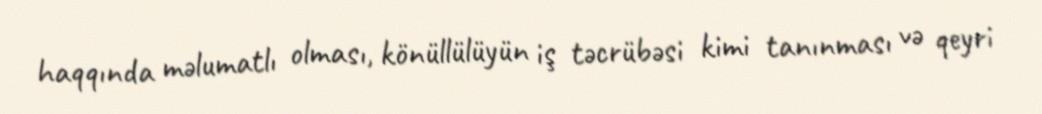
haqqında məlumatlı olması, könüllülüyün iş təcrübəsi kimi tanınması və qeyri